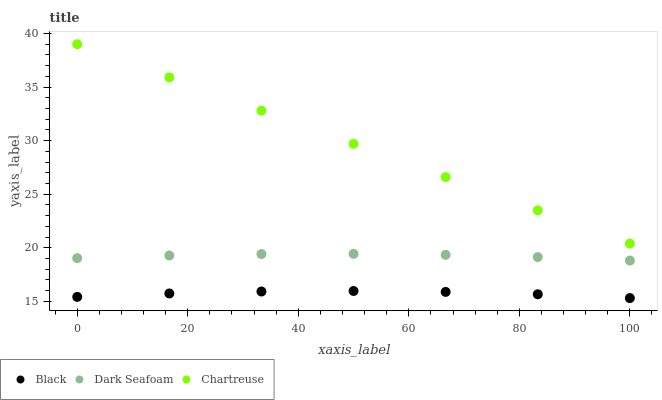
| xaxis_label | Black | Dark Seafoam | Chartreuse |
 | --- | --- | --- | --- |
 | 0 | 15.4 | 19 | 39 |
 | 16.7 | 15.7 | 19.3 | 35.9 |
 | 33.3 | 15.9 | 19.4 | 32.8 |
 | 50 | 16 | 19.4 | 29.7 |
 | 66.7 | 15.9 | 19.3 | 26.6 |
 | 83.3 | 15.7 | 19.1 | 23.5 |
 | 100 | 15.3 | 18.8 | 20.4 |